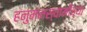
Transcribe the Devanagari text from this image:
हनुमंनस्वामींच्या